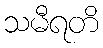
သမီရတိ